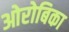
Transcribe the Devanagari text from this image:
ओरोबिका